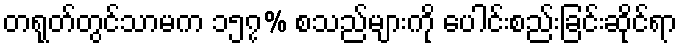
တရုတ်တွင်သာမက ၁၅၇% စသည်များကို ပေါင်းစည်းခြင်းဆိုင်ရာ